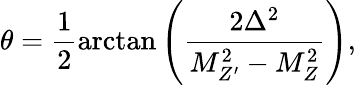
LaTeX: \theta=\frac{1}{2}\arctan\left(\frac{2\Delta^{2}}{M_{Z^{\prime}}^{2}-M_{Z}^{2}}\right),